Document type: Sale
Year: 1209
Scribe: Arnau de Torre
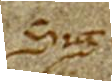
Sig